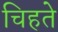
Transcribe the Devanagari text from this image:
चिहते